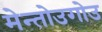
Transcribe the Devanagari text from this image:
मेन्तोउगोउ